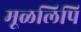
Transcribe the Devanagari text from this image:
मूळलिपि